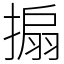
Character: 搧